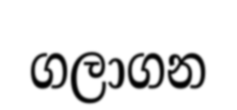
ගලාගන